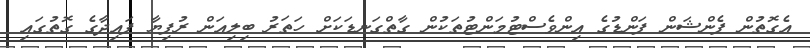
އެގޮތުން ޕެންޝަން ފަންޑުގެ އިންވެސްޓުމަންޓުތަކުން ގާތްގަނޑަކަށް ހަތަރު ބިލިއަން ރުފިޔާ ފައިދާގެ ގޮތުގައި